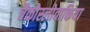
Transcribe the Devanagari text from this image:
चैकोस्लोवाकिया